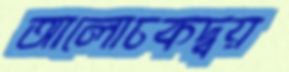
আলোচকদ্বয়